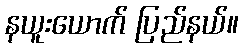
နယူးယောက် ပြည်နယ်။